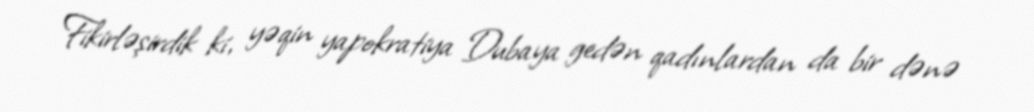
Fikirləşirdik ki, yəqin yapokratiya Dubaya gedən qadınlardan da bir dənə